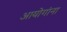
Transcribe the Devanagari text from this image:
आयोगांना